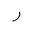
Letter: _ra